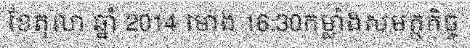
ខែតុលា ឆ្នាំ 2014 ម៉ោង 16:30កម្លាំងសមត្ថកិច្ច